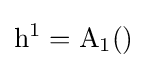
\mathrm {h} ^{1}=\mathrm {A} _{1}()